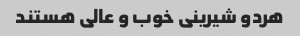
هردو شیرینی خوب و عالی هستند